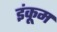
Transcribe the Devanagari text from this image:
इंकूम